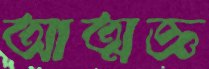
আত্মজ্ঞ